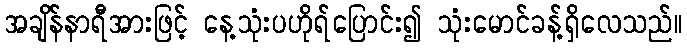
အချိန်နာရီအားဖြင့် နေ့သုံးပဟိုရ်ပြောင်း၍ သုံးမောင်ခန့်ရှိလေသည်။